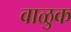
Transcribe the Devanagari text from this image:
वाळुक